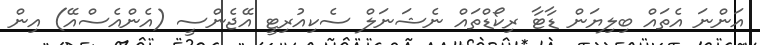
އަންނަ އެތައް ބިލިޔަން ޑާޓާ ރިކޯޑްތައް ނެޝަނަލް ސެކިއުރިޓީ އޭޖެންސީ (އެންއެސްއޭ) އިން